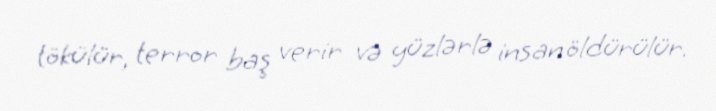
tökülür, terror baş verir və yüzlərlə insan öldürülür.